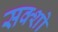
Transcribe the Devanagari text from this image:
सक्शो